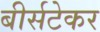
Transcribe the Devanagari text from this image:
बीर्सटेकर